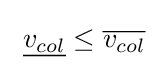
\ {\underline {v_{col}}}\leq {\overline {v_{col}}}